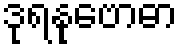
ဒုရနုဗောဓာ